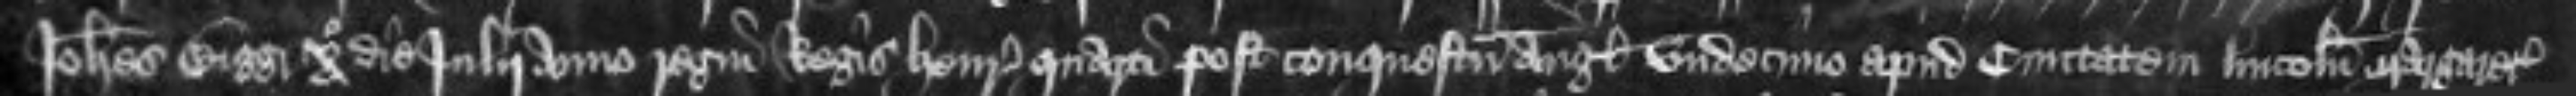
Johannes Bigg x o die Julii anno regni Regis Henrici quarti post conquestum Anglie undecimo apud civitatem Lincolnie Margaretam